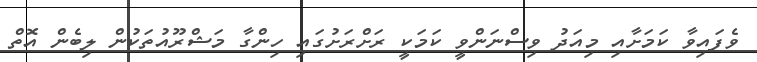
ވެފައިވާ ކަމަށާއި މިއަދު ވިސްނަންވީ ކަމަކީ ރަށްރަށުގައި ހިންގާ މަޝްރޫއުތަކުން ލިބެން އޮތް